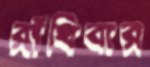
রাঁধিবার